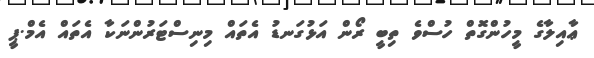
ޢާއިލާގެ މީހުންގޮތް ހުސްވެ ތިބީ ރޯން އަޅުގަނޑު އެތައް މިނިސްޓަރުންނަކާ އެތައް އެމް.ޕީ